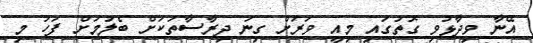
އޭނާ ވިދާޅުވި ގޮތުގައި މިއީ ވަރަށް ގިނަ ދިރާސާތަކަށް ބެލުމަށް ފަހު މި